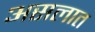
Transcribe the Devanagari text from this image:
असलात